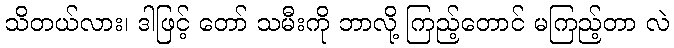
သိတယ်လား၊ ဒါဖြင့် တော် သမီးကို ဘာလို့ ကြည့်တောင် မကြည့်တာ လဲ